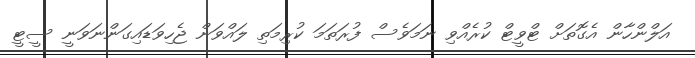
އަލްންހާން އެގޮތަށް ޓްވީޓް ކުރެއްވި ނަމަވެސް ފުރަތަމަ ކުރިމަތި ލައްވަން ޖެހިވަޑައިގަންނަވަނީ ސީޓީ